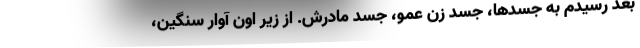
بعد رسيدم به جسدها، جسد زن عمو، جسد مادرش. از زير اون آوار سنگين،